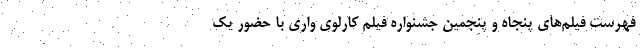
فهرست فیلم‌های پنجاه و پنجمین جشنواره فیلم کارلوی واری با حضور یک